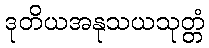
ဒုတိယအနုသယသုတ္တံ